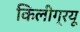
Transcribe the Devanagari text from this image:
किलीग्रयू